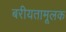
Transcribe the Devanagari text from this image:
बरीयतामूलक